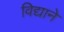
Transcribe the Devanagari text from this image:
विद्याने